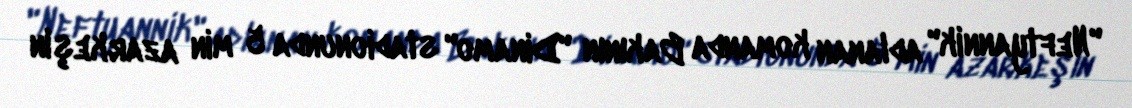
"Neftyannik" adlanan komanda Bakının "Dinamo" stadionunda 5 min azarkeşin